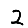
Digit: 2